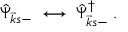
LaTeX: \hat { \Psi } _ { \vec { k } s - } \; \longleftrightarrow \; \hat { \Psi } _ { \vec { k } s - } ^ { \dagger } \; .